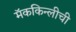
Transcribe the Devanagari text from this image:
मॅककिन्लीची